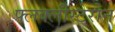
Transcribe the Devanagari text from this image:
फ्लक्लीस्टेरोन